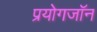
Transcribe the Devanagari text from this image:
प्रयोगजॉन